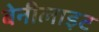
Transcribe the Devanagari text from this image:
बेनीलाइट